Civil Veterinary Dept. North-West Frontier Province 1933-46 - 1933-1946
Year: 1933
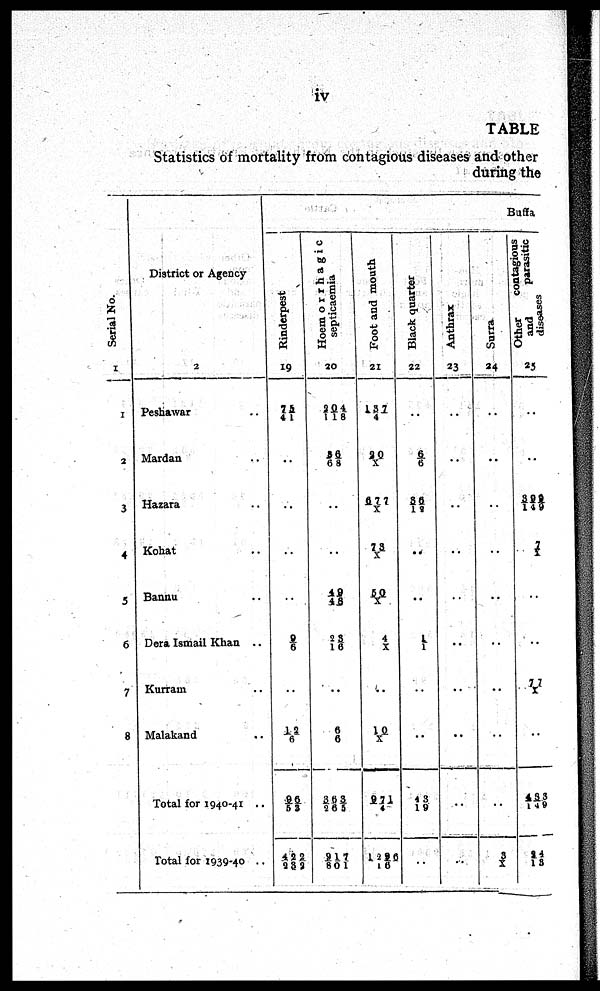
iv
TABLE
Statistics of mortality from contagious diseases and other
during the
Serial No.
1
1
2
3
4
5
6
7
8
District or Agency
2
Peshawar ..
Mardan ..
Hazara ..
Kohat ..
Bannu ..
Dera Ismail Khan ..
Kurram ..
Malakand ..
Total for 1940-41 ..
Total for 1939-40 ..
Buffa
Rinderpest
19
75/41
..
..
..
..
9/6
..
12/6
96/53
422/232
Hoemorrhagic
septicaemia
20
204/118
36/68
..
..
49/48
23/ 16
..
6/ 6
363/265
917/801
Foot and mouth
21
137/ 4
20/X
677/X
73/ X
50/X
4/ X
..
10/ X
971/4
1296/16
Black quarter
22
..
6/6
36/18
..
..
1/1
..
..
43/ 19
..
Anthrax
23
..
..
..
..
..
..
..
..
..
Surra
24
..
..
..
..
..
..
..
..
..
3/X
Other
contagious
and
parasitic
diseases
25
..
..
399/ 149
7/X
..
..
77/X
..
433/149
24/13